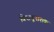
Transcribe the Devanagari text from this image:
विषाणूनाशक